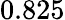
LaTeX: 0.825